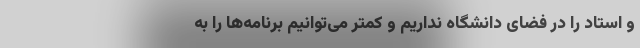
و استاد را در فضای دانشگاه نداریم و کمتر می‌توانیم برنامه‌ها را به